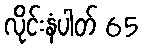
လိုင်းနံပါတ် 65